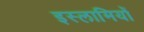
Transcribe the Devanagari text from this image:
इस्लामियों